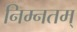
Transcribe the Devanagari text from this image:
निम्नतम्